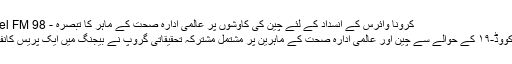
کرونا وائرس کے انسداد کے لئے چین کی کاوشوں پر عالمی ادارہ صحت کے ماہر کا تبصرہ - Dosti Channel FM 98
چوبیس تاریخ کو کووڈ-۱۹ کے حوالے سے چین اور عالمی ادارہ صحت کے ماہرین پر مشتمل مشترکہ تحقیقاتی گروپ نے بیجنگ میں ایک پریس کانفرنس کا انعقاد کیا۔